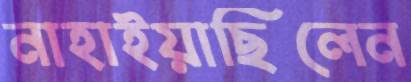
নাহাইয়াছিলেন